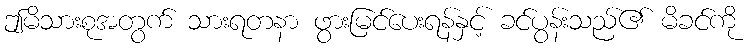
ဤမိသားစုအတွက် သားရတနာ ဖွားမြင်ပေးရန်နှင့် ခင်ပွန်းသည်၏ မိခင်ကို